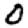
Digit: 0